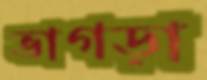
ভাগড়া